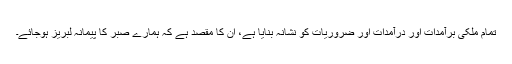
تمام ملکی برآمدات اور درآمدات اور ضروریات کو نشانہ بنایا ہے، ان کا مقصد ہے کہ ہمارے صبر کا پیمانہ لبریز ہوجائے۔